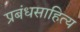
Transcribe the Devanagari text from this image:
प्रबंधसाहित्य